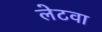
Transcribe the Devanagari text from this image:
लेटवा